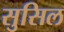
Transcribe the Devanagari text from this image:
सुसिल